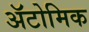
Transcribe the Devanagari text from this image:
ॲटोमिक